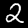
Digit: 2